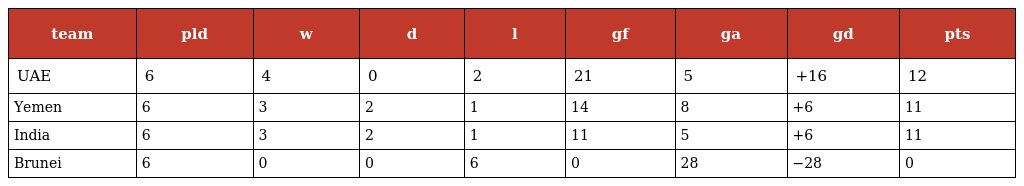
| team | pld | w | d | l | gf | ga | gd | pts |
 | --- | --- | --- | --- | --- | --- | --- | --- | --- |
 | UAE | 6 | 4 | 0 | 2 | 21 | 5 | +16 | 12 |
 | Yemen | 6 | 3 | 2 | 1 | 14 | 8 | +6 | 11 |
 | India | 6 | 3 | 2 | 1 | 11 | 5 | +6 | 11 |
 | Brunei | 6 | 0 | 0 | 6 | 0 | 28 | −28 | 0 |